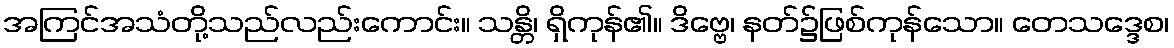
အကြင်အသံတို့သည်လည်းကောင်း။ သန္တိ၊ ရှိကုန်၏။ ဒိဗ္ဗေ၊ နတ်၌ဖြစ်ကုန်သော။ တေသဒ္ဒေစ၊